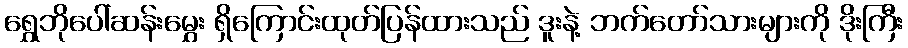
ရွှေဘိုပေါ်ဆန်းမွှေး ရှိကြောင်းထုတ်ပြန်ထားသည် ဒူးနဲ့ ဘက်တော်သားများကို ဒိုးကြီး